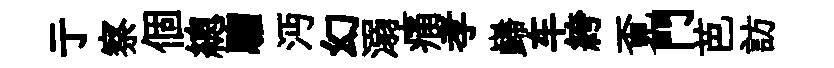
亍察個總騮沔幻溺痛孝巋车絝覔門芭訪